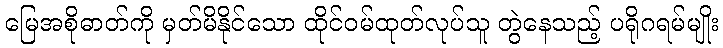
မြေအစိုဓာတ်ကို မှတ်မိနိုင်သော ထိုင်ဝမ်ထုတ်လုပ်သူ တွဲနေသည့် ပရိုဂရမ်မျိုး